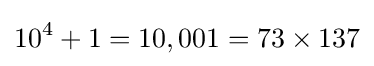
10^{4}+1=10,001=73\times 137